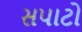
સપાટો